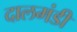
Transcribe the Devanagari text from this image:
दालमंडी